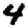
Digit: 4